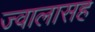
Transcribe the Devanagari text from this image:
ज्वालासह